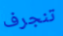
تنجرف